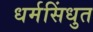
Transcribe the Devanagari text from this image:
धर्मसिंधुत